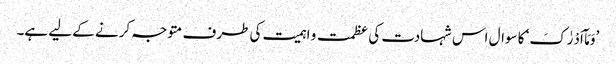
’وَمَآ اَدْرٰکَ‘ کا سوال اس شہادت کی عظمت و اہمیت کی طرف متوجہ کرنے کے لیے ہے۔